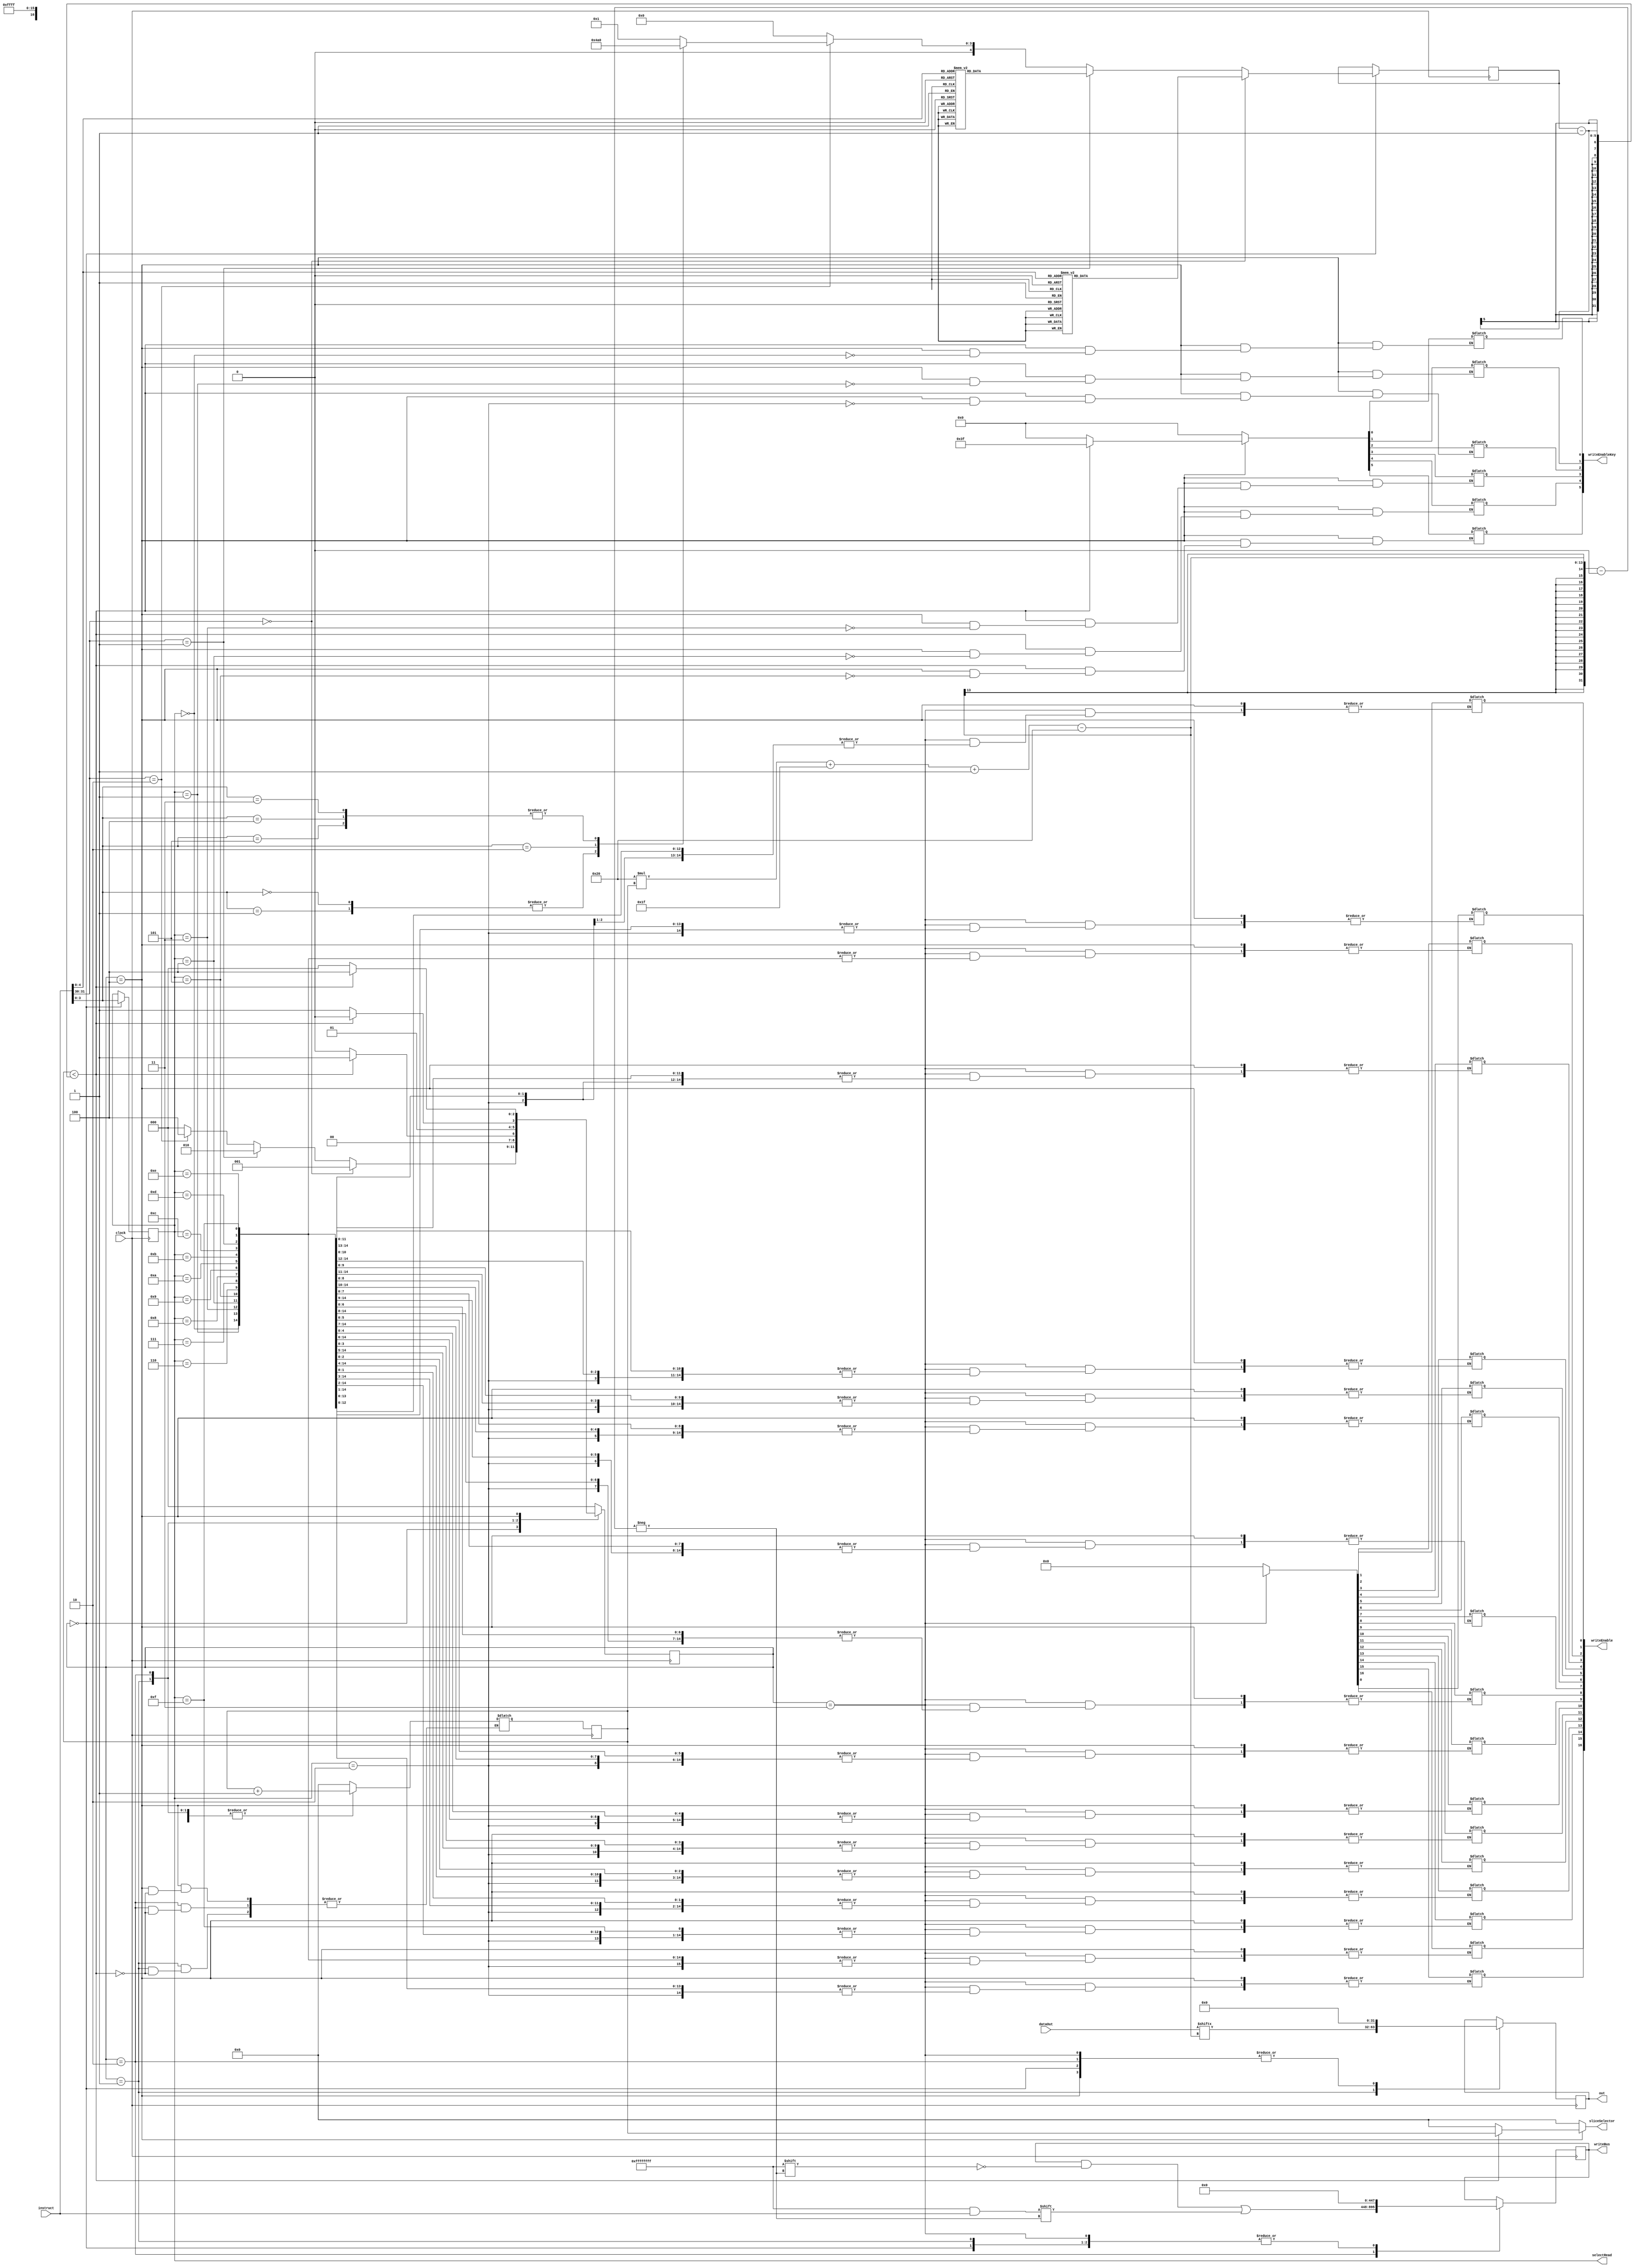
`timescale 1ns / 1ps
//////////////////////////////////////////////////////////////////////////////////
// Company: 
// Engineer: 
// 
// Design Name: 
// Module Name: controller
// Project Name: 
// Target Devices: 
// Tool Versions: 
// Description: 
// 
// Dependencies: 
// 
// Revision:
// Revision 0.01 - File Created
// Additional Comments:
// 
//////////////////////////////////////////////////////////////////////////////////


module controller(
	input clock,
    input [31:0] instruct,
	input [447:0] dataOut,
    output reg [31:0] out = 0,
	output reg [4:0] sliceSelector,
	output reg [5:0] writeEnableKey,
	output reg [3:0] selectRead,
	output reg [16:0] writeEnable = 0,
	output reg [447:0] writeBus = 0
    );
	
	reg [2:0] state = 0;
	reg [2:0] nextState = 0;
	
	reg [4:0] roundNumber;
	reg [4:0] counter;
	reg [4:0] counterNext;

always @(posedge clock) begin

	case (state)
		0: begin
			selectRead <= instruct[3:0];
			out <= 0;
			writeBus <= 0;
			if (instruct[31:30] == 2'b00) begin
				case (instruct[4:0])
				0,1,2,8,9: begin
					roundNumber <= 4;
				end
				5,6: begin
					roundNumber <= 8;
				end
				12,13,14: begin
					roundNumber <= 5;
				end
				4: begin
					roundNumber <= 14;
				end
				7: begin
					roundNumber <= 3;
				end
				16: begin
				    roundNumber <= 2;
				end
				default: begin
					roundNumber <= 1;
				end
				endcase
			end
			else if (instruct[31:30] == 2'b01) begin
				case (instruct[4:0])
				0,1,2,8,9: begin
					roundNumber <= 4;
				end
				5,6: begin
					roundNumber <= 8;
				end
				12,13,14: begin
					roundNumber <= 5;
				end
				4: begin
					roundNumber <= 14;
				end
				7: begin
					roundNumber <= 3;
				end
				3: begin
					roundNumber <= 1;
				end
				16: begin
                    roundNumber <= 2;
                end
				default: begin
					roundNumber <= 1;
				end
			endcase
			end
			else if (instruct[31:30] == 2'b10) begin
				case (instruct[3:0])
				0,1: begin
					roundNumber <= 4;
				end
				2: begin
					roundNumber <= 10;
				end
				3,4,5: begin
					roundNumber <= 64;
				end
				default: begin
					roundNumber <= 1;
				end
				endcase
				end
			else begin
				roundNumber <= 0;
			end
		end
		
		1: begin
			out <= dataOut[32*counter+31 -:32];
			writeBus <= 0;
		end
		
		2: begin
			writeBus[32*counter+31 -:32] <= instruct;
			out <= 0;
		end
		
		3: begin
			writeBus <= 0;
			out <= 0;
		end
		
		4: begin
			writeBus <= 0;
			out <= 0;
		end
	endcase
	
	counter <= counterNext;
	state <= nextState;
end
	
always @(*) begin
	case (state)

		0: begin
			sliceSelector = 0;
			writeEnableKey = 0;
			writeEnable = 0;
			counterNext = 0;
			
			if (instruct[31:30] == 2'b00)
				nextState = 1;
			else if (instruct[31:30] == 2'b01)
				nextState = 2;
			else if (instruct[31:30] == 2'b10)
				nextState = 4;
			else begin
				nextState = 0;
			end
		
		end

		1: begin //Read case
			writeEnable = 0;
			sliceSelector = 0;
			writeEnableKey = 0;
			
			if (counter < (roundNumber - 1)) begin
				nextState = 1;
				counterNext = counter + 1;
			end
			else begin
				counterNext = counterNext;
				nextState = 0;
			end
			

		end //end case 1


		2: begin //Write case
			writeEnable = 0;
			sliceSelector = 0;
			writeEnableKey = 0;
			if (counter < (roundNumber - 1)) begin
				nextState = 2;
				counterNext = counter + 1;
			end
			else begin
				counterNext = counterNext;
				nextState = 3;
			end
			
			
		end

		3: begin
			writeEnable[selectRead] = 1; 
			nextState = 0;
			sliceSelector = 0;
			writeEnableKey = 0;
			counterNext = 0;
		end

		4: begin

			writeEnableKey[selectRead] = 1;
			if (counter < (roundNumber - 1)) begin
				counterNext = counter + 1;
				sliceSelector = counter;
				nextState = 4;
			end
			else begin
				counterNext = counterNext;
				sliceSelector = 0;
				nextState = 0;
				writeEnableKey = 0;
			end
		end

		default: begin
			counterNext = 0;
			sliceSelector = 0;
			writeEnableKey = 0;
			writeEnable = 0;
			nextState = 0;
		end

		endcase //end case states
end
	
endmodule